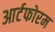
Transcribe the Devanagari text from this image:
आर्टफोरम